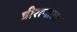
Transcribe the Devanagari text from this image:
त्रीरत्नाला